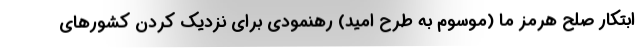
ابتکار صلح هرمز ما (موسوم به طرح امید) رهنمودی برای نزدیک کردن کشورهای